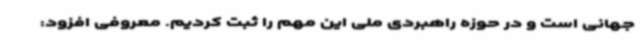
جهانی ا‌ست و در حوزه راهبردی ملی این مهم را ثبت کردیم. معروفی افزود: